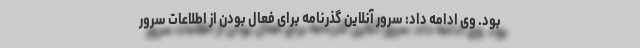
بود. وی ادامه داد: سرور آنلاین گذرنامه برای فعال بودن از اطلاعات سرور